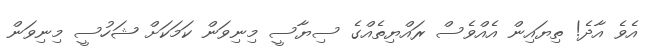
އެވެ އާދެ! ތިޔައިން އެއްވެސް ރައްޔިތެއްގެ ސިޔާސީ މިނިވަން ކަމަކަށް ޝަހުސީ މިނިވަން